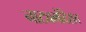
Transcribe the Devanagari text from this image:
नाट्यमंदिरात